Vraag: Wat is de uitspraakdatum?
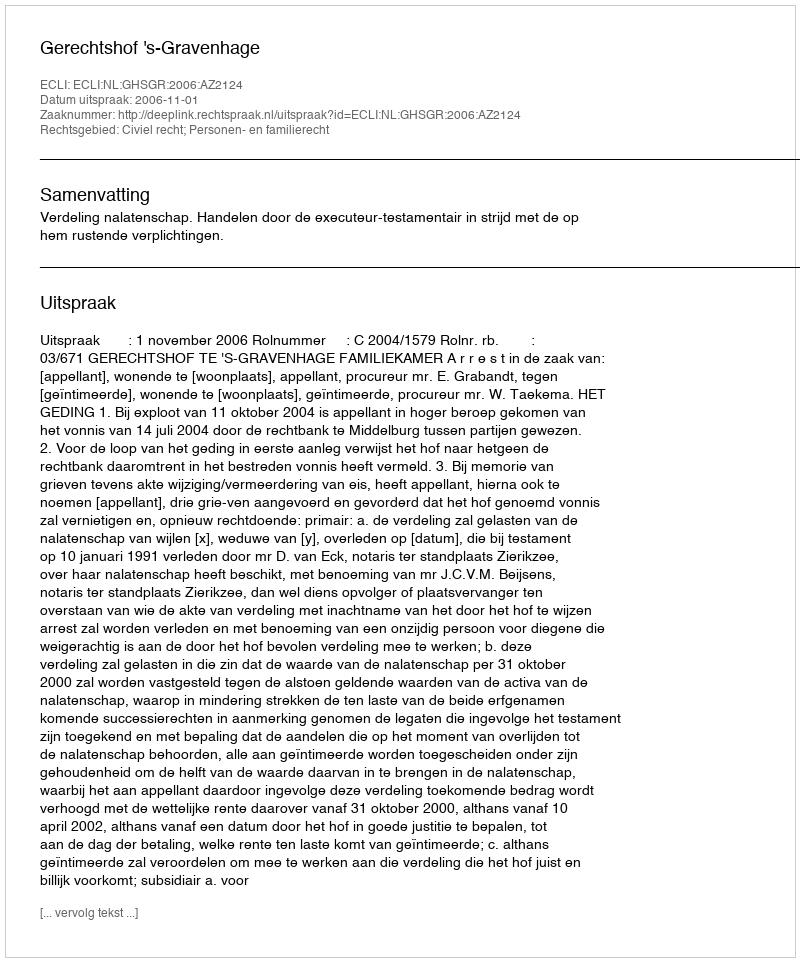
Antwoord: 2006-11-01